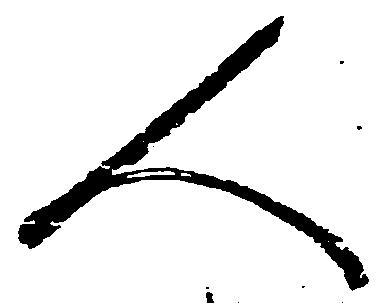
人